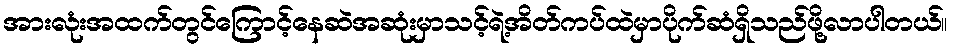
အားလုံးအထက်တွင်ကြောင့်နေဆဲအဆုံးမှာသင့်ရဲ့အိတ်ကပ်ထဲမှာပိုက်ဆံရှိသည်ဖို့လာပါတယ်။